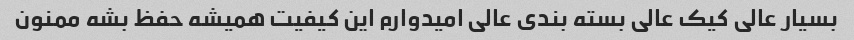
بسیار عالى کیک عالى بسته بندى عالى امیدوارم این کیفیت همیشه حفظ بشه ممنون